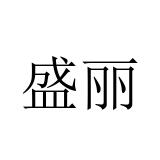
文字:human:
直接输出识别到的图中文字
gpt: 盛丽